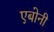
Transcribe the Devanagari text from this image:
एबोनी